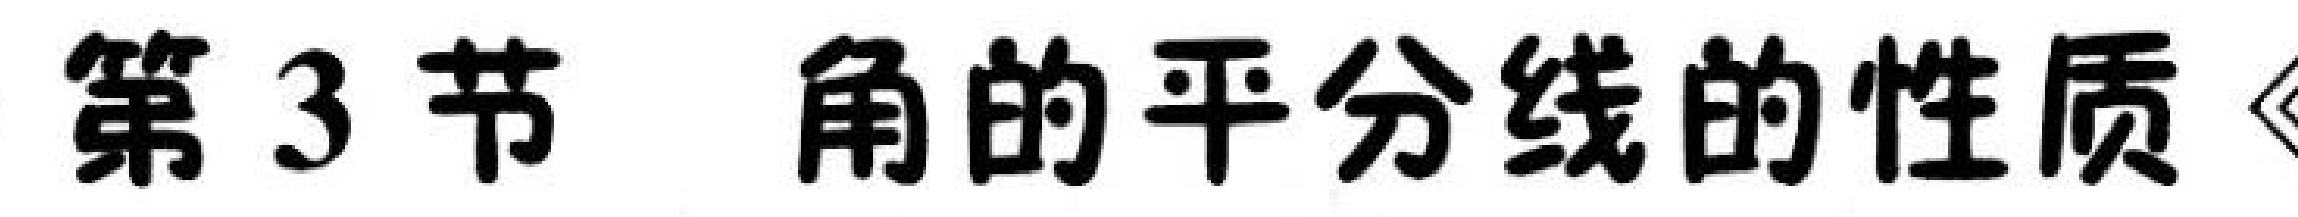
第3节 角的平分线的性质